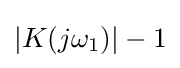
|K(j\omega _{1})|-1